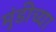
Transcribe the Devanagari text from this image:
मुंडीच्या